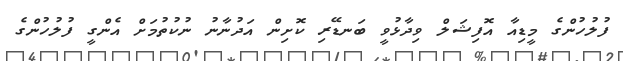
ފުލުހުންގެ މީޑިއާ އޮފިޝަލް ވިދާޅުވީ ބަނޑޭރި ކޮށިން އަދުނާނު ނުކުތުމަށް އެންގީ ފުލުހުންގެ